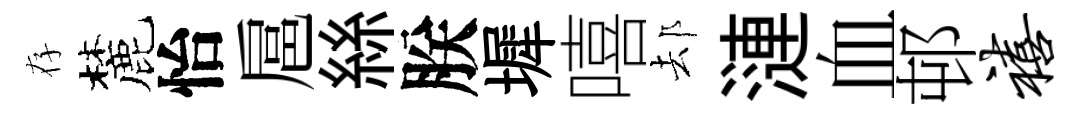
存麓怡扈絲朕墀嘻𨚫漣血邨禧